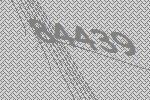
84439